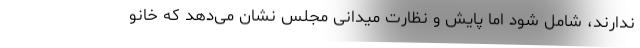
ندارند، شامل شود اما پایش و نظارت میدانی مجلس نشان می‌دهد که خانو